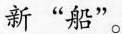
新”船”。